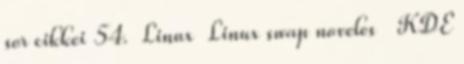
sor cikkei 54. Linux Linux swap noveles KDE